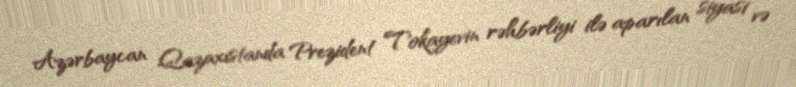
Azərbaycan Qazaxıstanda Prezident Tokayevin rəhbərliyi ilə aparılan siyasi və